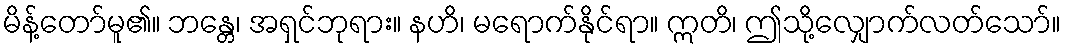
မိန့်တော်မူ၏။ ဘန္တေ၊ အရှင်ဘုရား။ နဟိ၊ မရောက်နိုင်ရာ။ ဣတိ၊ ဤသို့လျှောက်လတ်သော်။